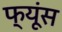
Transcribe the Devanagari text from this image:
फ्यूंस